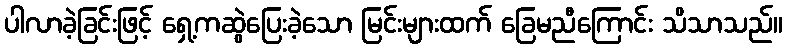
ပါလာခဲ့ခြင်းဖြင့် ရှေ့ကဆွဲပြေးခဲ့သော မြင်းများထက် ခြေမညီကြောင်း သိသာသည်။